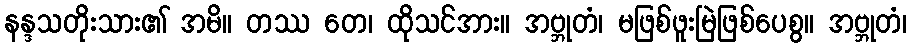
နန္ဒသတိုးသား၏ အမိ။ တဿ တေ၊ ထိုသင်အား။ အဗ္ဘုတံ၊ မဖြစ်ဖူးမြဲဖြစ်ပေစွ။ အဗ္ဘုတံ၊